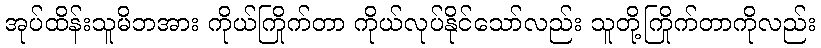
အုပ်ထိန်းသူမိဘအား ကိုယ်ကြိုက်တာ ကိုယ်လုပ်နိုင်သော်လည်း သူတို့ကြိုက်တာကိုလည်း